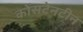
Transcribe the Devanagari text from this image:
कोंसटेनटीन